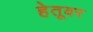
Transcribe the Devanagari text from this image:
हेतूवर